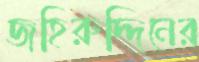
জহিরুদ্দিনের